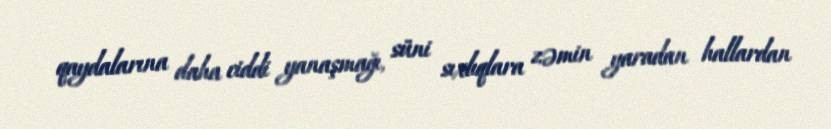
qaydalarına daha ciddi yanaşmağı, süni sıxlıqlara zəmin yaradan hallardan